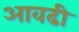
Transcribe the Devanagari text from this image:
आवढी